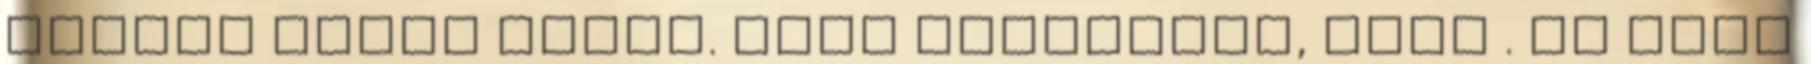
mérges gomba nincs. Arra gondoltam, hogy . És újra